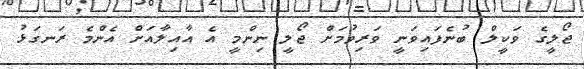
ޖޯލީގެ ވަކީލް ބުނެފައިވަނީ ވަރިވުމަށް ޖޯލީ ނިންމީ އެ އާއިލާއަށް އެންމެ ރަނގަޅު